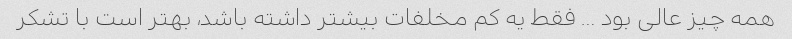
همه چیز عالی بود … فقط یه کم مخلفات بیشتر داشته باشد، بهتر است با تشکر